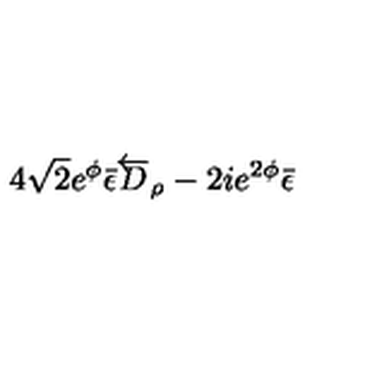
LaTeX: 4 \sqrt { 2 } e ^ { \phi } \bar { \epsilon } \overleftarrow { D } _ { \rho } - 2 i e ^ { 2 \phi } \bar { \epsilon }